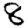
Digit: 8